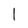
Character: 1